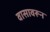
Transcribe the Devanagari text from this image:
वासावरून